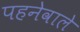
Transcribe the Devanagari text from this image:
पहनेवाले